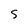
Character: 5